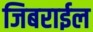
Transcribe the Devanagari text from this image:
जिबराईल